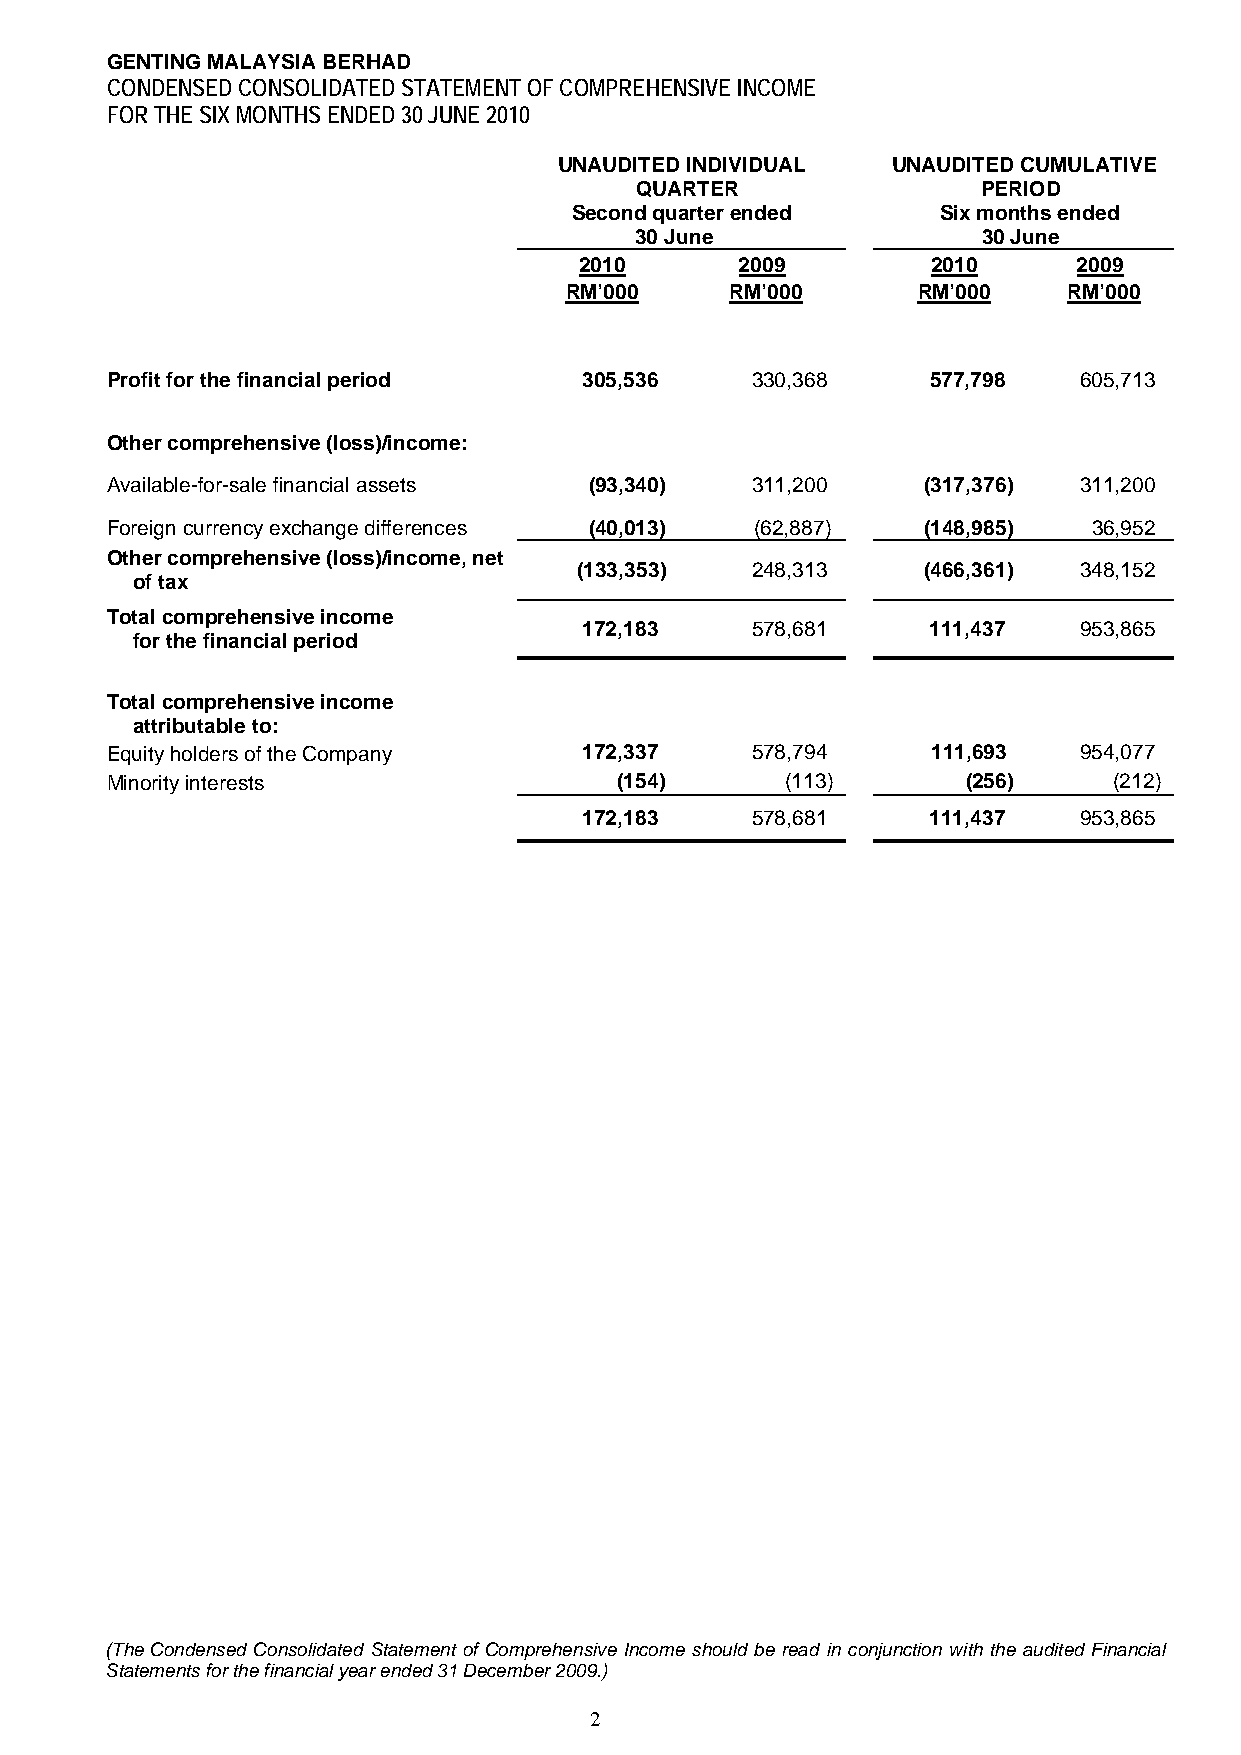
GENTING MALAYSIA BERHAD
 CONDENSED CONSOLIDATED STATEMENT OF COMPREHENSIVE INCOME
 FOR THE SIX MONTHS ENDED 30 JUNE 2010
 UNAUDITED INDIVIDUAL  UNAUDITED CUMULATIVE
 QUARTER                PERIOD
 Second quarter ended    Six months ended
 30 June                30 June
 2010       2009         2010     2009
 RM’000     RM’000       RM’000    RM’000
 Profit for the financial period 305,536    330,368     577,798  605,713
 Other comprehensive (loss)/income:
 Available-for-sale financial assets (93,340) 311,200  (317,376) 311,200
 Foreign currency exchange differences (40,013) (62,887) (148,985) 36,952
 Other comprehensive (loss)/income, net
 (133,353)   248,313    (466,361) 348,152
 of tax
 Total comprehensive income
 172,183    578,681     111,437  953,865
 for the financial period
 Total comprehensive income
 attributable to:
 Equity holders of the Company   172,337    578,794     111,693  954,077
 Minority interests                (154)      (113)       (256)     (212)
 172,183    578,681     111,437  953,865
 (The Condensed Consolidated Statement of Comprehensive Income should be read in conjunction with the audited Financial
 Statements for the financial year ended 31 December 2009.)
 2